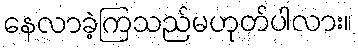
နေလာခဲ့ကြသည်မဟုတ်ပါလား။